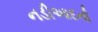
નડીઆદની